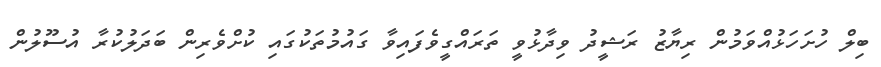
ބިލް ހުށަހަޅުއްވަމުން ރިޔާޒު ރަޝީދު ވިދާޅުވީ ތަރައްގީވެފައިވާ ގައުމުތަކުގައި ކުށްވެރިން ބަދަލުކުރާ އުސޫލުން